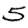
Digit: 5